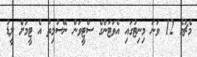
މެޗުގެ 12 ވަނަ މިނިޓުގައި އެވަޓަންގެ ސްޓީވަން ނޭސުމިތު އެ ޓީމަށް ލީޑު